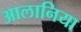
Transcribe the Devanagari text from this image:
आलानिया